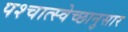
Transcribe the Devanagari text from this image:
पश्चात्स्वेच्छानुसार